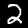
Label: 2